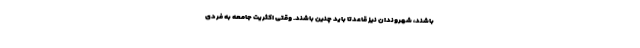
باشند، شهروندان نیز قاعدتا باید چنین باشند. وقتی اکثریت جامعه به فردی